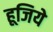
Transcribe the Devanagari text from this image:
हूजिये